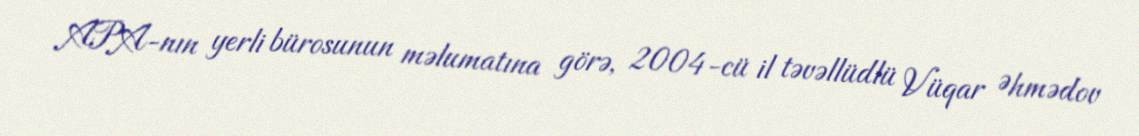
APA-nın yerli bürosunun məlumatına görə, 2004-cü il təvəllüdlü Vüqar Əhmədov